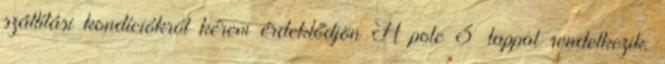
szállítási kondíciókról kérem érdeklődjön A polc 3 lappal rendelkezik.